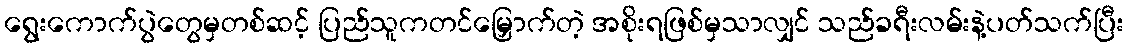
ရွေးကောက်ပွဲတွေမှတစ်ဆင့် ပြည်သူကတင်မြှောက်တဲ့ အစိုးရဖြစ်မှသာလျှင် သည်ခရီးလမ်းနဲ့ပတ်သက်ပြီး